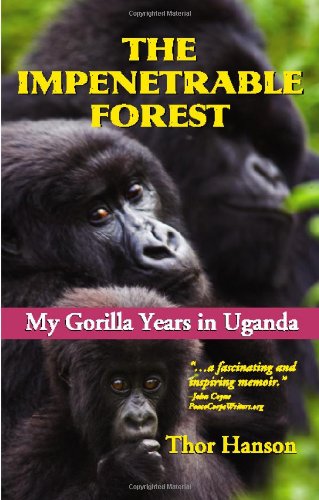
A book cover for The Impenetrable Forest: My Gorilla Years in Uganda, Revised Edition; Thor Hanson; Travel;